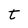
Character: t